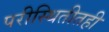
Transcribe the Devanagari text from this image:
परीस्थितीतही